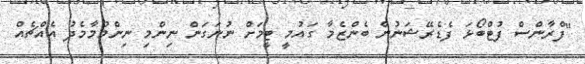
"ފްރާންސް ފުޓްބޯޅަ ފެޑެރޭޝަނުން ބެންޒެމާ ގައުމީ ޓީމަށް ނުނަގަން ނިންމި ނިންމުމާމެދު އެއްޗެއް